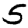
Digit: 5